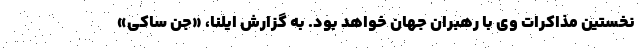
نخستین مذاکرات وی با رهبران جهان خواهد بود. به گزارش ایلنا، «جن ساکی»